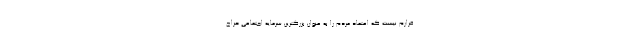
قرارم نیست که اعتماد مردم را به عنوان بزرگترین سرمایه اجتماعی حراج